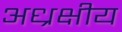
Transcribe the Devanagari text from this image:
अध्रक्षीय